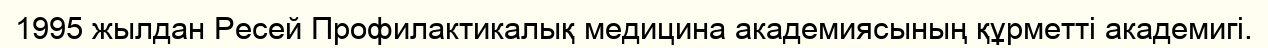
1995 жылдан Ресей Профилактикалық медицина академиясының құрметті академигі.